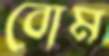
বোম